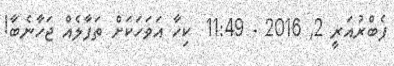
ފެބްރުއަރީ 2